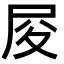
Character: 𡰿